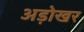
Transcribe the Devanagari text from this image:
अड़ोखर